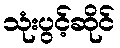
သုံးပွင့်ဆိုင်